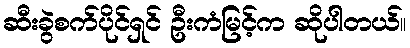
ဆီးခွဲစက်ပိုင်ရှင် ဦးကံမြင့်က ဆိုပါတယ်။